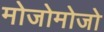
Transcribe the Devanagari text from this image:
मोजोमोजो